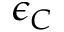
\epsilon _ { C }